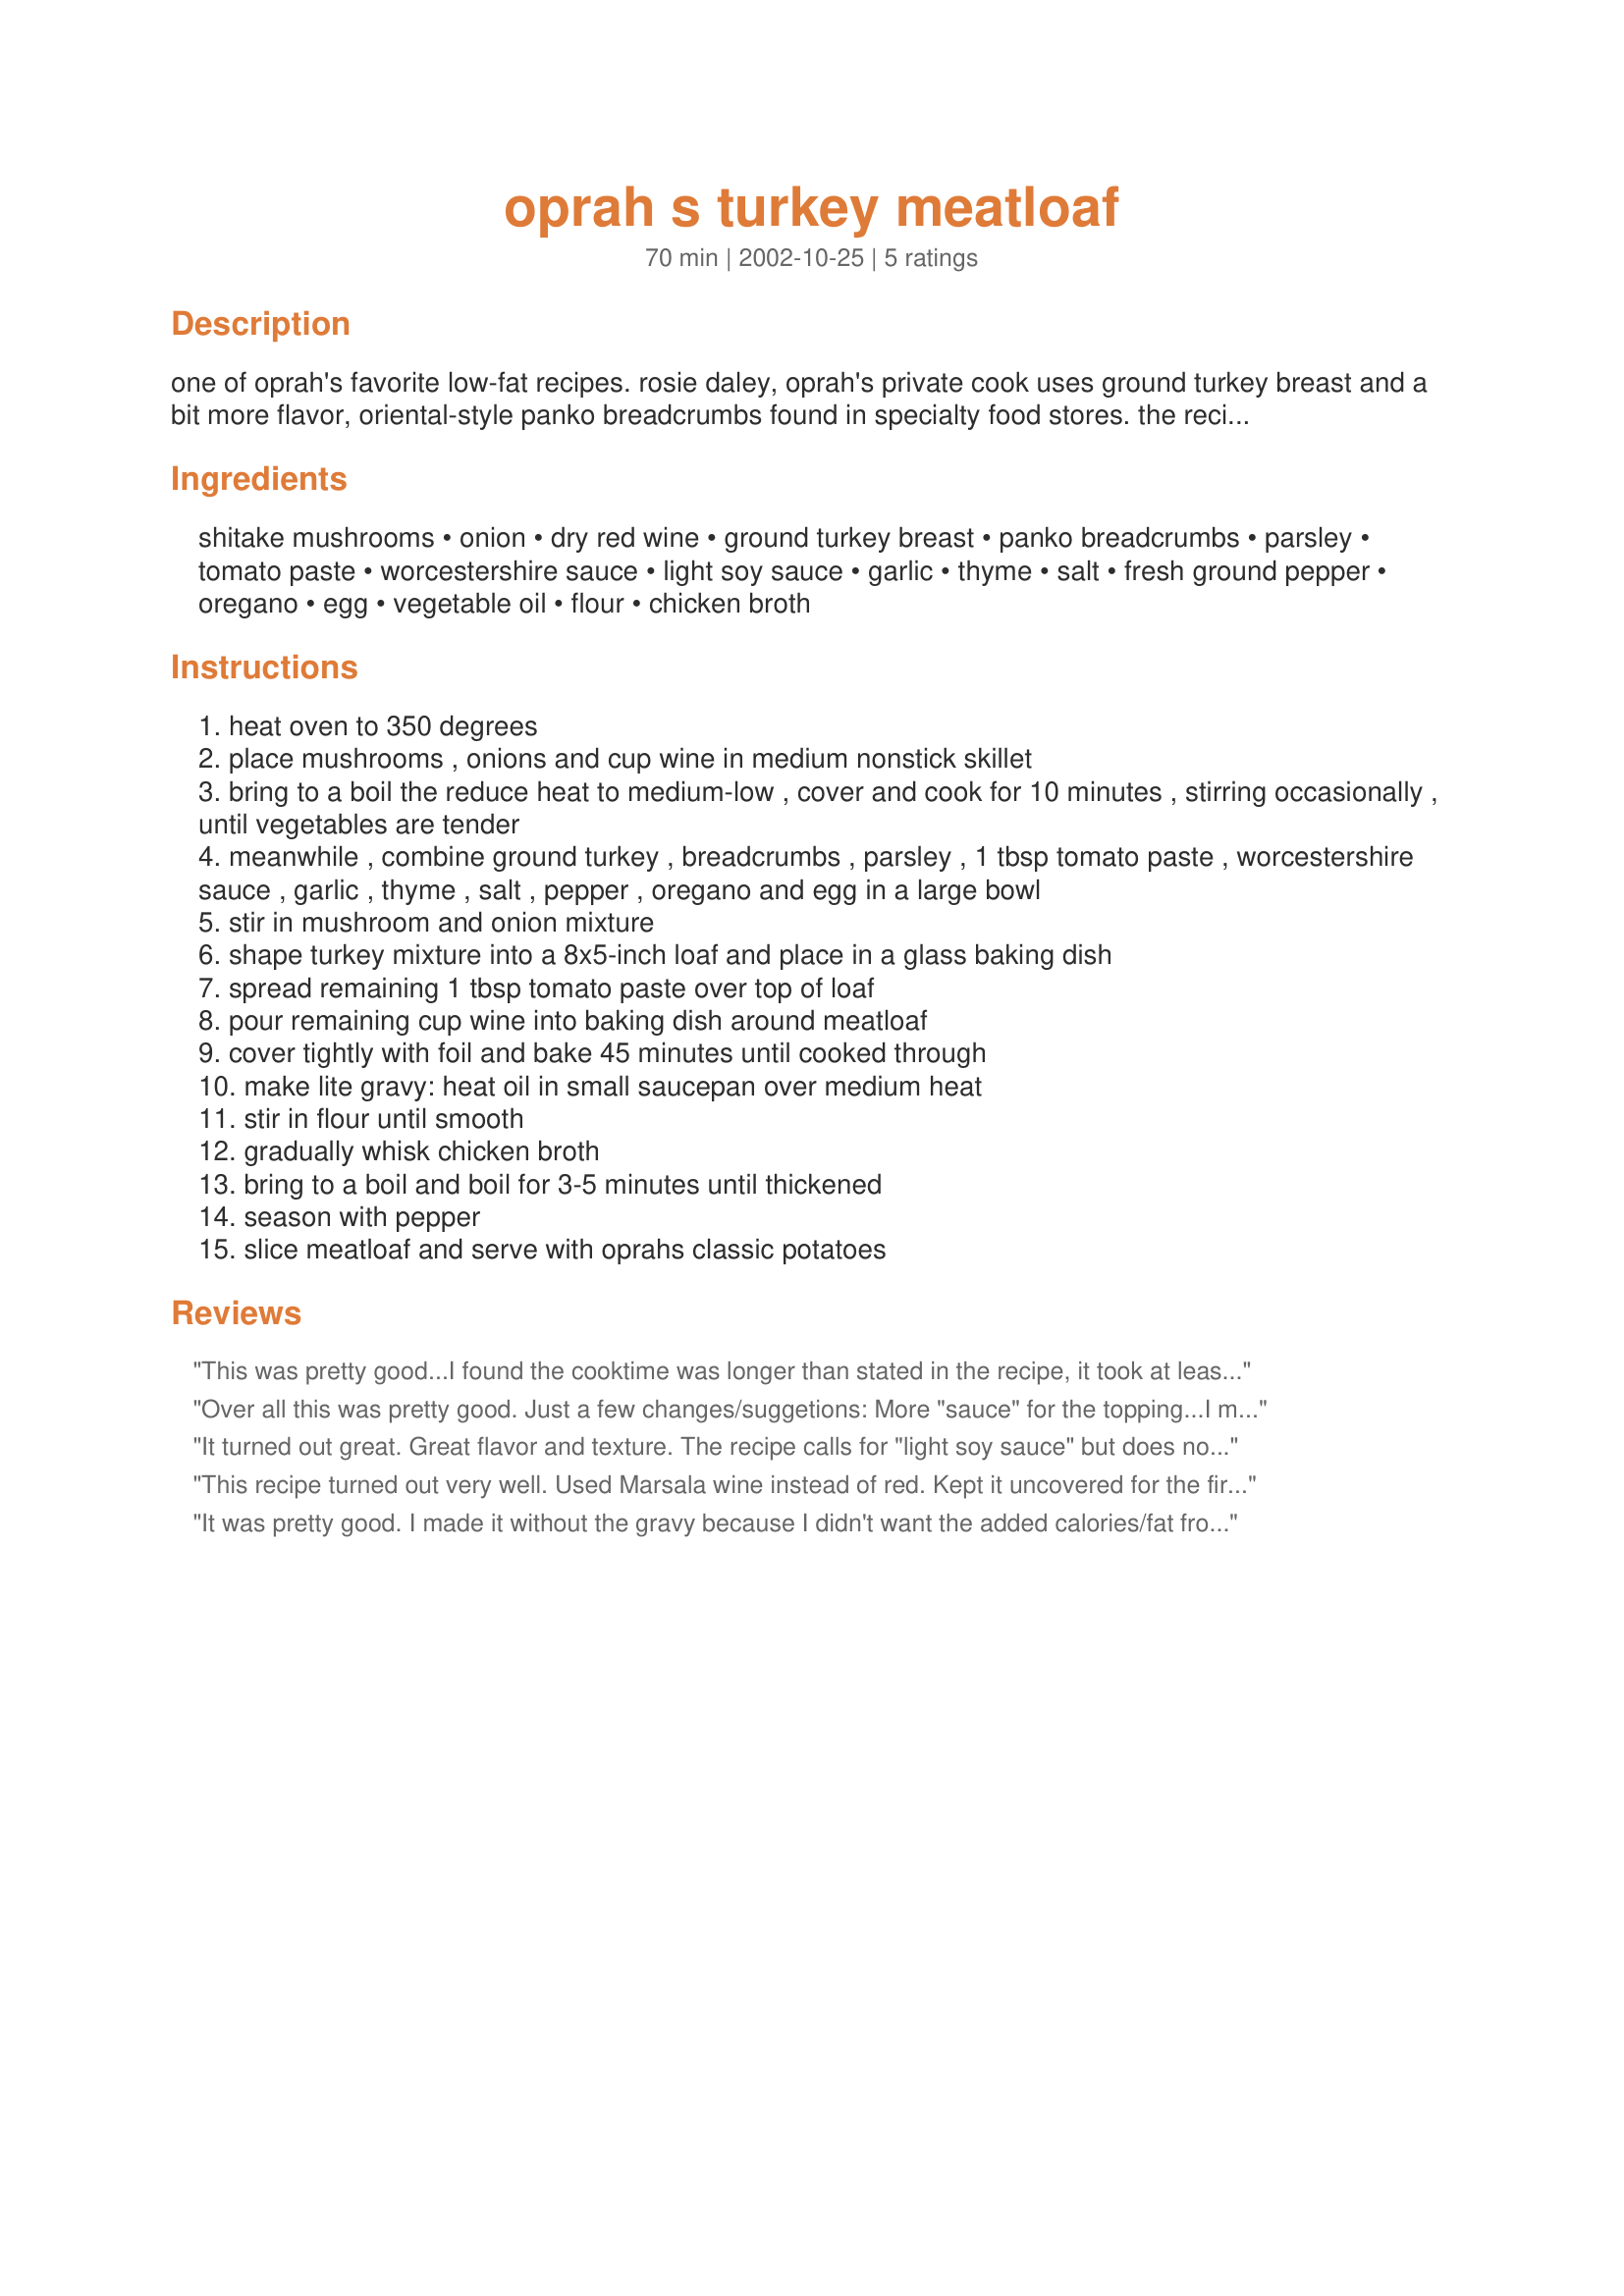
oprah s turkey meatloaf
Preparation time: 70 minutes

one of oprah's favorite low-fat recipes. rosie daley, oprah's private cook uses ground turkey breast and a bit more flavor, oriental-style panko breadcrumbs found in specialty food stores. the recipe also works well with regular breadcrumbs. look for oprah's classic potatoes here in zaar; it goes well with this recipe.

Ingredients:
shitake mushrooms, onion, dry red wine, ground turkey breast, panko breadcrumbs, parsley, tomato paste, worcestershire sauce, light soy sauce, garlic, thyme, salt, fresh ground pepper, oregano, egg, vegetable oil, flour, chicken broth

Steps:
heat oven to 350 degrees
place mushrooms , onions and cup wine in medium nonstick skillet
bring to a boil the reduce heat to medium-low , cover and cook for 10 minutes , stirring occasionally , until vegetables are tender
meanwhile , combine ground turkey , breadcrumbs , parsley , 1 tbsp tomato paste , worcestershire sauce , garlic , thyme , salt , pepper , oregano and egg in a large bowl
stir in mushroom and onion mixture
shape turkey mixture into a 8x5-inch loaf and place in a glass baking dish
spread remaining 1 tbsp tomato paste over top of loaf
pour remaining cup wine into baking dish around meatloaf
cover tightly with foil and bake 45 minutes until cooked through
make lite gravy: heat oil in small saucepan over medium heat
stir in flour until smooth
gradually whisk chicken broth
bring to a boil and boil for 3-5 minutes until thickened
season with pepper
slice meatloaf and serve with oprahs classic potatoes

Reviews:
This was pretty good...I found the cooktime was longer than stated in the recipe, it took at least an hour before it was no longer pink in the middle. Next time I would cook the flour for the gravy a bit longer, to add color, our gravy was kind of pale. Thanks Familian for a recipe that I'm going to work on a bit!
Over all this was pretty good. Just a few changes/suggetions: More "sauce" for the topping...I made stewed tomatoes and that was perfect. It seemed a little heavy on the thyme. Didn't have bread crumbs so used rolled oatmeal(not instant). My 92yo mother in law and husband didn't notice!
It turned out great. Great flavor and texture. The recipe calls for "light soy sauce" but does not include it in the instructions, so I left it out and it tasted great.
This recipe turned out very well. Used Marsala wine instead of red. Kept it uncovered for the first 20 minutes in the oven before putting foil on it.
It was pretty good. I made it without the gravy because I didn't want the added calories/fat from it. My boyfriend really liked it too.
